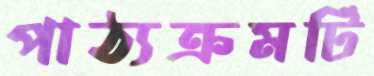
পাঠ্যক্রমটি